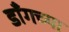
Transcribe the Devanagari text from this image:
डाँगच्या